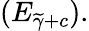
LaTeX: (E_{\widetilde{\gamma}+c}).